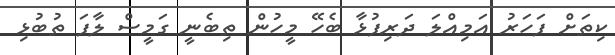
ކިތަށް ފަހަރު އަމިއްލަ ދަރިފުޅާ ބެހޭ މީހުން ތިބެނީ ގަމީސް ލާފަ ތުބުޅި